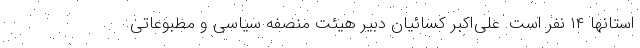
استانها ۱۴ نفر است. علی‌اکبر کسائیان دبیر هیئت منصفه سیاسی و مطبوعاتی